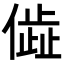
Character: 𬿨